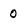
Character: 0